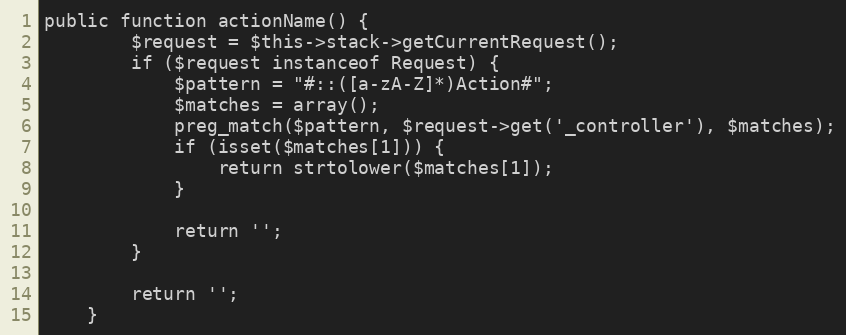
Language: PHP
public function actionName() {
        $request = $this->stack->getCurrentRequest();
        if ($request instanceof Request) {
            $pattern = "#::([a-zA-Z]*)Action#";
            $matches = array();
            preg_match($pattern, $request->get('_controller'), $matches);
            if (isset($matches[1])) {
                return strtolower($matches[1]);
            }

            return '';
        }

        return '';
    }